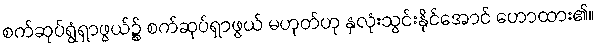
စက်ဆုပ်ရွံရှာဖွယ်၌ စက်ဆုပ်ရှာဖွယ် မဟုတ်ဟု နှလုံးသွင်းနိုင်အောင် ဟောထား၏။